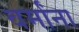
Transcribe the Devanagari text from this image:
वर्मांना